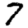
Digit: 7